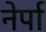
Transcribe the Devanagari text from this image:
नेर्पा